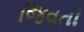
જિવતી